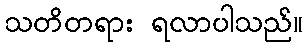
သတိတရား ရလာပါသည်။